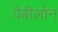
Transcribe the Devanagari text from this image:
वेबीलोन